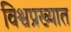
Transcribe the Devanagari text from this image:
विश्वप्रख्यात